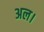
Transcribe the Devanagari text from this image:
अल।